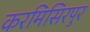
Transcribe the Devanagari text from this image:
करमिसिरपुर